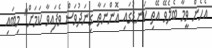
އެހެން ވީމާ ބެލެވޭ އޭތި ކަނޑުގައި އޮންނަތާ ގިނަދުވަސް ވެފައިވާ ކަމަށް" މިބައި